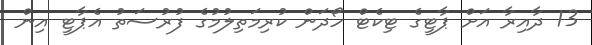
13 ދާއިރާ އަށް ޕާޓީގެ ޓިކެޓް ހޯދަން ކުރިމަތިލުމުގެ ފުރުސަތު އެޕާޓީ އިން